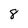
Character: 8